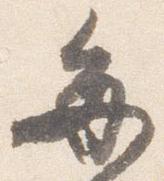
毎